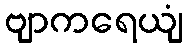
ဗျာကရေယျံ